system: You are a helpful assistant.
user:
Analyze the provided spectrum to determine if it is a **S-type Star**.

- **Key Indicators for S-type Star:**

    - **(Overall Spectrum Shape):** The first and most obvious characteristic is the overall continuum (the "baseline" shape). It is **extremely "red-sloping,"** meaning the flux (light intensity) is very low on the left side (blue, ~4000-4500 Å) and rises steeply and continuously toward the right side (red, ~7000 Å+).

    - **(Primary):** The spectrum is defined by the presence of strong, broad molecular absorption "valleys" (bands) from **Zirconium Oxide (ZrO)**. The identification of these bands is the **primary requirement** for classifying a star as S-type.
        - **(Key Bandheads):** You must find distinct, deep "dips" where the light has been absorbed. The most critical band systems to locate are:
            - **~6474 Å** ($\gamma$-system): This is often the strongest and clearest ZrO feature, found in the red part of the spectrum.
            - **~5718 Å** & **~5551 Å** ($\beta$-system): A pair of prominent absorption features in the yellow-orange part of the spectrum.
            - **~4640 Å** ($\alpha$-system): A key absorption band system in the blue-green region of the spectrum.

    - **(Secondary Confirmation):** The classification is strengthened by finding additional absorption bands from other related heavy element oxides, which are expected to be present alongside ZrO.
        - **(Key Bandheads):**
            - **Yttrium Oxide (YO):** Look for absorption dips near **~4800 Å** and **~6100 Å**.
            - **Lanthanum Oxide (LaO):** Additional absorption features, particularly in the red-orange part of the spectrum, are also characteristic.

    - **(Line Profile):** The combination of the steep red continuum and these numerous, deep molecular bands (ZrO, YO, etc.) gives the entire spectrum a very **"chopped-up"** or **"bumpy"** appearance. Instead of a smooth curve, the spectrum looks as though large, wide chunks of light have been "carved out" of it at the specific wavelengths listed above.

Think first, call **spectral_visualization_tool** if needed to examine features in detail, then provide your final answer. Your response must adhere to the following strict rules:
1.  **Overall Structure:** Your response must follow the format `<think>...</think> <tool_call>...</tool_call> (if a tool is used) <answer>...</answer>`.
2.  **Tool Usage Constraint:** You may only make **one** tool call per turn.
3.  **Final Answer Format:** In the `<answer>` tag, your conclusion must be inside a `\boxed{}` command (e.g., `\boxed{YES}` or `\boxed{NO}`), followed by your justification.

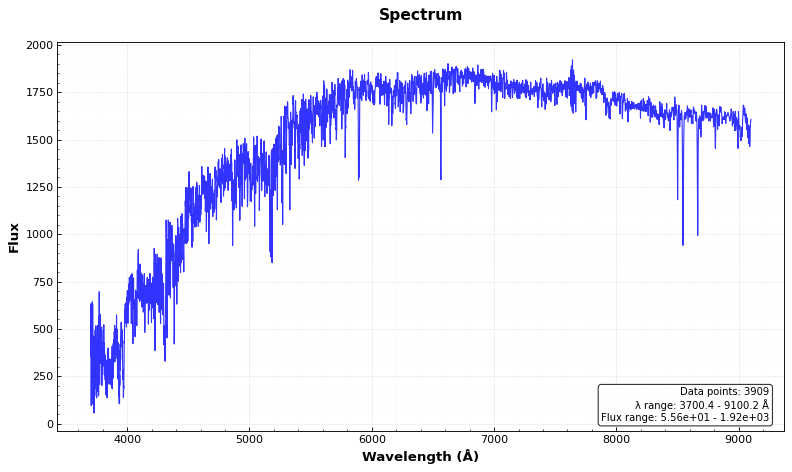
Answer: NO